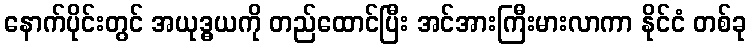
နောက်ပိုင်းတွင် အယုဒ္ဓယကို တည်ထောင်ပြီး အင်အားကြီးမားလာကာ နိုင်ငံ တစ်ခု